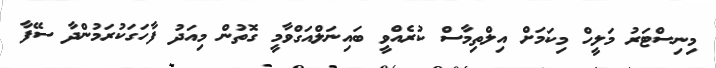
މިނިސްޓަރު މަލީހް މިކަމަށް އިލްތިމާސް ކުރެއްވީ ބައިނަލްއަގްވާމީ ގޮތުން މިއަދު ފާހަގަކުރަމުންދާ ސޭފާ